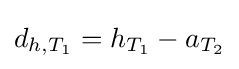
d_{h,T_{1}}=h_{T_{1}}-a_{T_{2}}